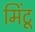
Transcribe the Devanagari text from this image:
मिंटू